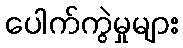
ပေါက်ကွဲမှုများ